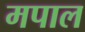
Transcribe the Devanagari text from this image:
मपाल